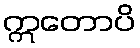
ဣတောပိ